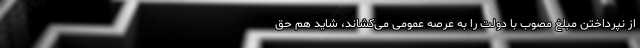
از نپرداختن مبلغ مصوب با دولت را به عرصه عمومی می‌کشاند، شاید هم حق